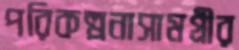
পরিকল্পনাসামগ্রীর